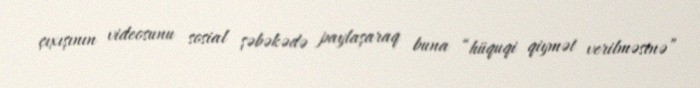
çıxışının videosunu sosial şəbəkədə paylaşaraq buna “hüquqi qiymət verilməsinə”